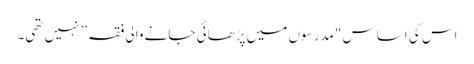
اس کی اساس "مدرسوں میں پڑھائی جانے والی فقہ” نہیں تھی۔